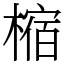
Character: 樎